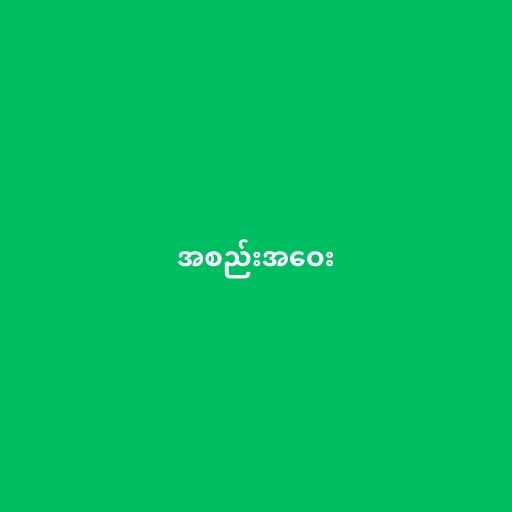
အစည်းအဝေး